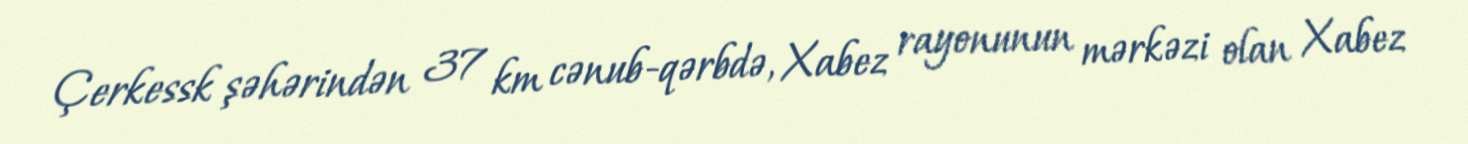
Çerkessk şəhərindən 37 km cənub-qərbdə, Xabez rayonunun mərkəzi olan Xabez